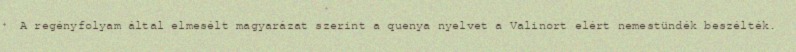
A regényfolyam által elmesélt magyarázat szerint a quenya nyelvet a Valinort elért nemestündék beszélték.